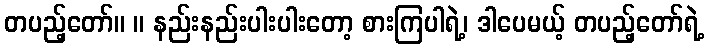
တပည့်တော်။ ။ နည်းနည်းပါးပါးတော့ စားကြပါရဲ့၊ ဒါပေမယ့် တပည့်တော်ရဲ့